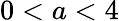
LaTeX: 0<a<4